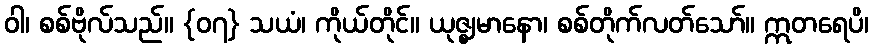
ဝါ၊ စစ်ဗိုလ်သည်။ {၀၇} သယံ၊ ကိုယ်တိုင်။ ယုဇ္ဈမာနော၊ စစ်တိုက်လတ်သော်။ ဣတရေပိ၊